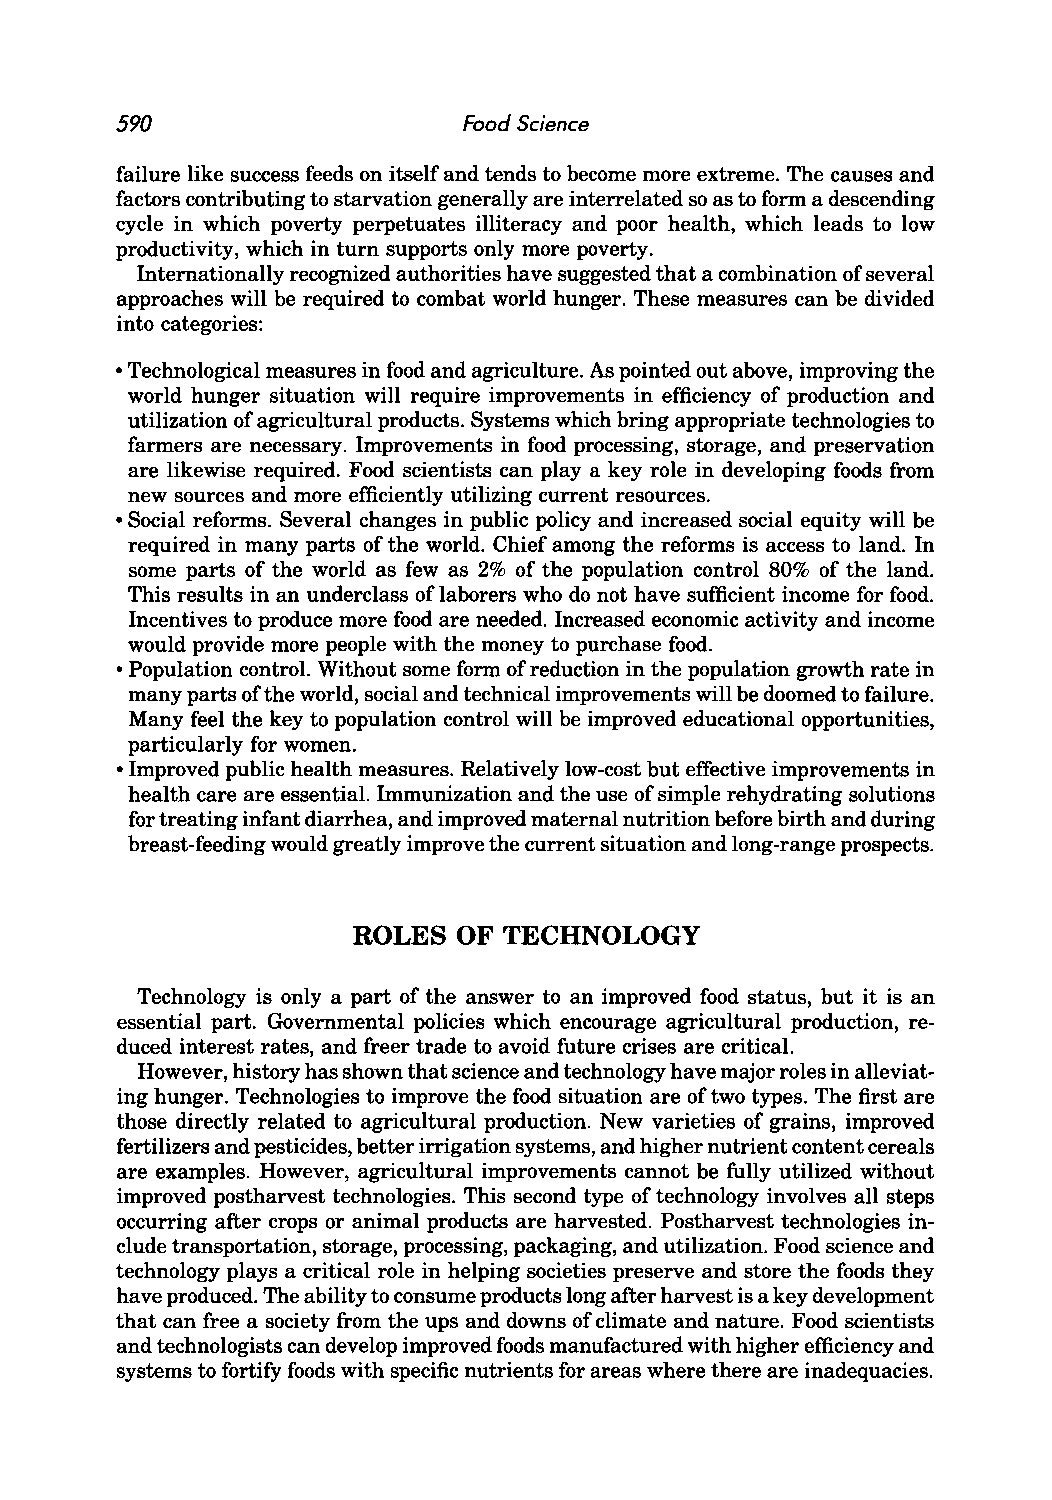
590                    Food Science
 failure like success feeds on itself and tends to become more extreme. The causes and
 factors contributing to starvation generally are interrelated so as to form a descending
 cycle in which poverty perpetuates illiteracy and poor health, which leads to low
 productivity, which in turn supports only more poverty.
 Internationally recognized authorities have suggested that a combination of several
 approaches will be required to combat world hunger. These measures can be divided
 into categories:
 • Technological measures in food and agriculture. As pointed out above, improving the
 world hunger situation will require improvements in efficiency of production and
 utilization of agricultural products. Systems which bring appropriate technologies to
 farmers are necessary. Improvements in food processing, storage, and preservation
 are likewise required. Food scientists can play a key role in developing foods from
 new sources and more efficiently utilizing current resources.
 • Social reforms. Several changes in public policy and increased social equity will be
 required in many parts of the world. Chief among the reforms is access to land. In
 some parts of the world as few as 2% of the population control 80% of the land.
 This results in an underclass of laborers who do not have sufficient income for food.
 Incentives to produce more food are needed. Increased economic activity and income
 would provide more people with the money to purchase food.
 • Population control. Without some form of reduction in the population growth rate in
 many parts of the world, social and technical improvements will be doomed to failure.
 Many feel the key to population control will be improved educational opportunities,
 particularly for women.
 • Improved public health measures. Relatively low-cost but effective improvements in
 health care are essential. Immunization and the use of simple rehydrating solutions
 for treating infant diarrhea, and improved maternal nutrition before birth and during
 breast-feeding would greatly improve the current situation and long-range prospects.
 ROLES  OF TECHNOLOGY
 Technology is only a part of the answer to an improved food status, but it is an
 essential part. Governmental policies which encourage agricultural production, re
 duced interest rates, and freer trade to avoid future crises are critical.
 However, history has shown that science and technology have major roles in alleviat
 ing hunger. Technologies to improve the food situation are of two types. The first are
 those directly related to agricultural production. New varieties of grains, improved
 fertilizers and pesticides, better irrigation systems, and higher nutrient content cereals
 are examples. However, agricultural improvements cannot be fully utilized without
 improved postharvest technologies. This second type of technology involves all steps
 occurring after crops or animal products are harvested. Postharvest technologies in
 clude transportation, storage, processing, packaging, and utilization. Food science and
 technology plays a critical role in helping societies preserve and store the foods they
 have produced. The ability to consume products long after harvest is a key development
 that can free a society from the ups and downs of climate and nature. Food scientists
 and technologists can develop improved foods manufactured with higher efficiency and
 systems to fortify foods with specific nutrients for areas where there are inadequacies.